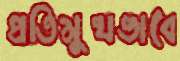
প্রতিমুখভাবে